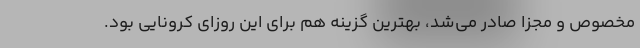
مخصوص و مجزا صادر می‌شد، بهترین گزینه هم برای این روزای کرونایی بود.